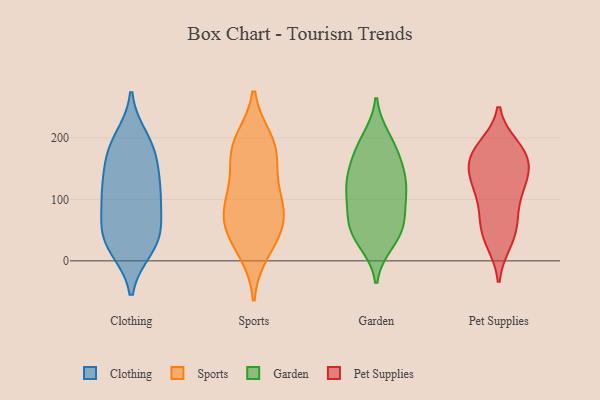
{"axis": {"x": "Active Users", "y": "Value"}, "legend": ["Clothing", "Garden", "Pet Supplies", "Sports"], "data": [{"x": "", "y": 55, "type": "Clothing"}, {"x": "", "y": 34, "type": "Clothing"}, {"x": "", "y": 177, "type": "Clothing"}, {"x": "", "y": 114, "type": "Clothing"}, {"x": "", "y": 98, "type": "Clothing"}, {"x": "", "y": 198, "type": "Clothing"}, {"x": "", "y": 140, "type": "Clothing"}, {"x": "", "y": 21, "type": "Clothing"}, {"x": "", "y": 114, "type": "Clothing"}, {"x": "", "y": 23, "type": "Clothing"}, {"x": "", "y": 173, "type": "Clothing"}, {"x": "", "y": 185, "type": "Clothing"}, {"x": "", "y": 41, "type": "Clothing"}, {"x": "", "y": 112, "type": "Clothing"}, {"x": "", "y": 64, "type": "Clothing"}, {"x": "", "y": 123, "type": "Sports"}, {"x": "", "y": 36, "type": "Sports"}, {"x": "", "y": 89, "type": "Sports"}, {"x": "", "y": 105, "type": "Sports"}, {"x": "", "y": 60, "type": "Sports"}, {"x": "", "y": 175, "type": "Sports"}, {"x": "", "y": 195, "type": "Sports"}, {"x": "", "y": 189, "type": "Sports"}, {"x": "", "y": 172, "type": "Sports"}, {"x": "", "y": 60, "type": "Sports"}, {"x": "", "y": 74, "type": "Sports"}, {"x": "", "y": 16, "type": "Sports"}, {"x": "", "y": 36, "type": "Garden"}, {"x": "", "y": 145, "type": "Garden"}, {"x": "", "y": 144, "type": "Garden"}, {"x": "", "y": 127, "type": "Garden"}, {"x": "", "y": 107, "type": "Garden"}, {"x": "", "y": 49, "type": "Garden"}, {"x": "", "y": 30, "type": "Garden"}, {"x": "", "y": 158, "type": "Garden"}, {"x": "", "y": 185, "type": "Garden"}, {"x": "", "y": 113, "type": "Garden"}, {"x": "", "y": 57, "type": "Garden"}, {"x": "", "y": 116, "type": "Garden"}, {"x": "", "y": 91, "type": "Garden"}, {"x": "", "y": 199, "type": "Garden"}, {"x": "", "y": 187, "type": "Garden"}, {"x": "", "y": 70, "type": "Garden"}, {"x": "", "y": 57, "type": "Garden"}, {"x": "", "y": 57, "type": "Pet Supplies"}, {"x": "", "y": 114, "type": "Pet Supplies"}, {"x": "", "y": 185, "type": "Pet Supplies"}, {"x": "", "y": 65, "type": "Pet Supplies"}, {"x": "", "y": 113, "type": "Pet Supplies"}, {"x": "", "y": 167, "type": "Pet Supplies"}, {"x": "", "y": 135, "type": "Pet Supplies"}, {"x": "", "y": 72, "type": "Pet Supplies"}, {"x": "", "y": 174, "type": "Pet Supplies"}, {"x": "", "y": 180, "type": "Pet Supplies"}, {"x": "", "y": 156, "type": "Pet Supplies"}, {"x": "", "y": 140, "type": "Pet Supplies"}, {"x": "", "y": 173, "type": "Pet Supplies"}, {"x": "", "y": 33, "type": "Pet Supplies"}, {"x": "", "y": 31, "type": "Pet Supplies"}, {"x": "", "y": 122, "type": "Pet Supplies"}]}